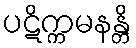
ပဋိက္ကမနန္တိ